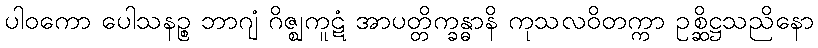
ပါဝကော ပေါသနဉ္စ ဘာဂျံ ဂိဇ္ဈကူဋံ အာပတ္တိက္ခန္ဓာနိ ကုသလဝိတက္ကာ ဥစ္ဆိဋ္ဌသညိနော